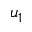
u _ { 1 }